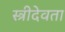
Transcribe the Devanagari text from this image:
स्त्रीदेवता